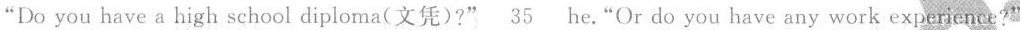
"Do you have a high school diploma(文凭)?" \underline{35} he,"Or do you have any work experience?"